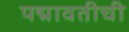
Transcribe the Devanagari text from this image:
पद्मावतीची